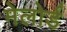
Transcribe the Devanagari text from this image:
मेलोर्ड